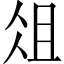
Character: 俎